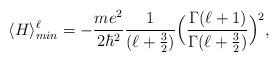
LaTeX: \begin{align*}\langle H\rangle^{\ell}_{min}=-\frac{m e^2}{2\hbar^2}\frac{1}{(\ell+\frac{3}{2})}\Big(\frac{\Gamma(\ell+1)}{\Gamma(\ell+\frac{3}{2})}\Big)^2,\end{align*}